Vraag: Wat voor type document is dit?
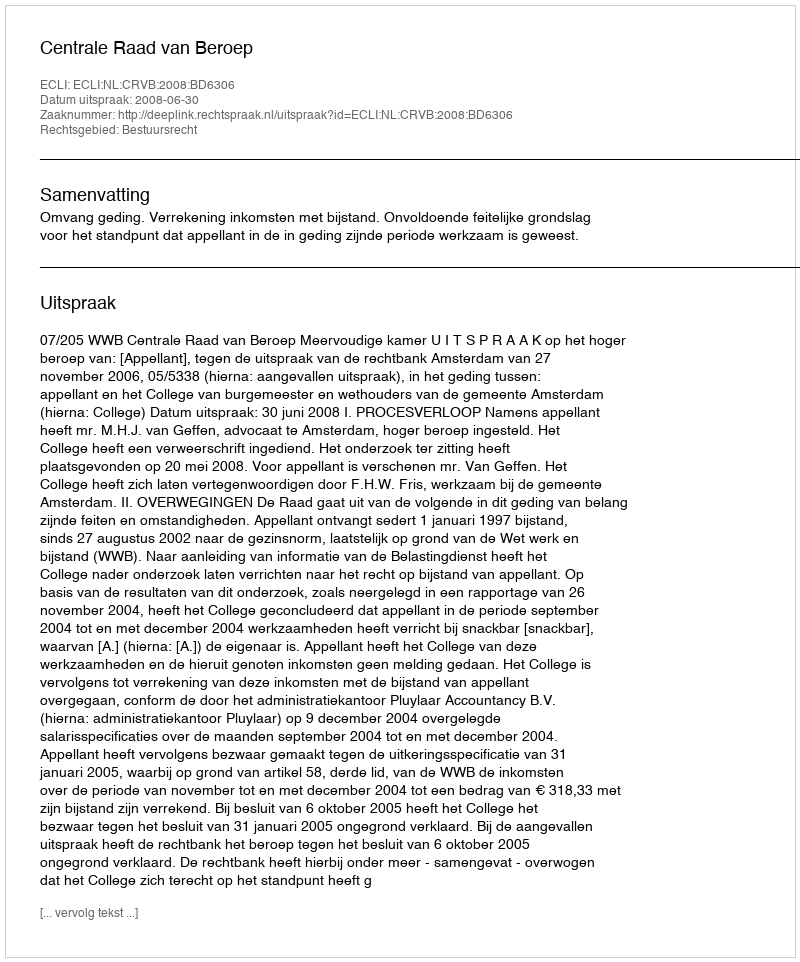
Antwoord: Uitspraak